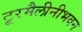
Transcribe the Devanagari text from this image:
टूरमैलीनीभवन